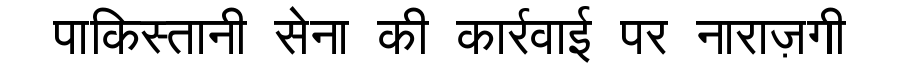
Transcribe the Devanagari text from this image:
पाकिस्तानी सेना की कार्रवाई पर नाराज़गी